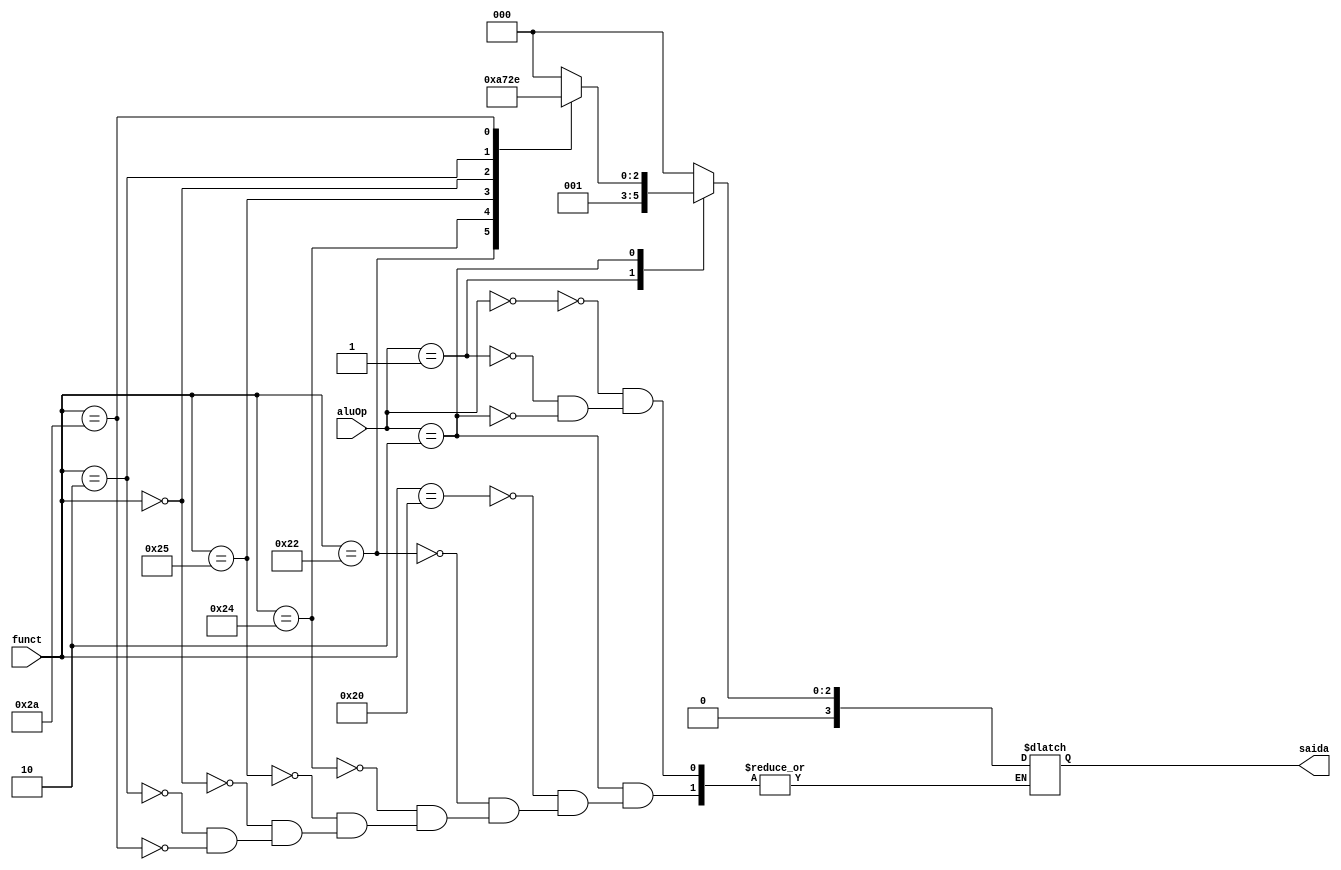
module aluControl (
  input wire [1:0] aluOp,
  input wire [5:0] funct,
  output reg [3:0] saida
);

  always @(*) begin
    case(aluOp)
      0: saida <= 0; //lw,sw
      1: saida <= 1; //beq,bne
      2: begin
        case(funct)
          6'b10_0000: saida <= 0; //add
          6'b10_0010: saida <= 1; //sub
          6'b10_0100: saida <= 2; //and
          6'b10_0101: saida <= 3; //or
          6'b00_0000: saida <= 4; //sll
          6'b00_0010: saida <= 5; //srl
          6'b10_1010: saida <= 6; //slt
        endcase
      end
    endcase
  end

  // Antes
  // always @ (aluOp or funct) begin
  //   if (aluOp[0] == 0)
  //     begin
  //       saida <= (aluOp[1] == 0) ? 4'b0010 : 4'b0110;
  //     end
  //   else
  //     begin
  //       case (funct[3:0])
  //         4'b0000 : saida <= 0; // Add
  //         4'b0010 : saida <= 1; // Sub
  //         4'b0100 : saida <= 2; // And
  //         4'b0101 : saida <= 3; // Or
  //         4'b1010 : saida <= 4; // SLT
  //         // QUAL  O VALOR BINARIO AQUI PRO NOR? 4'b1010 : saida <= 5; // NOR
  //       endcase
  //     end
  // end
endmodule